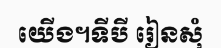
យើង។ទីបី រៀនសុំ